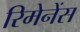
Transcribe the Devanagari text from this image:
रिमेनेंस